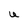
Character: U